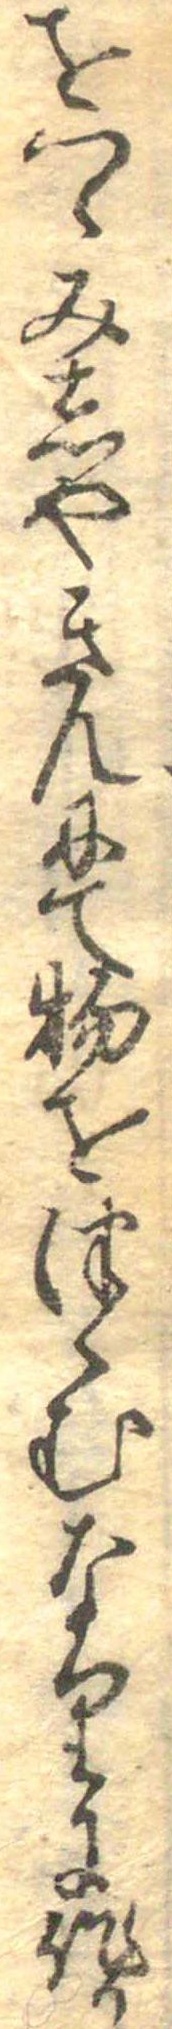
をつゝみしやきんにて物をつゝむなりに作り